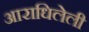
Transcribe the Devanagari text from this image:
आराधिलेली